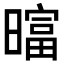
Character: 𬁗